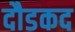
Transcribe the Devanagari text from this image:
दौडकद